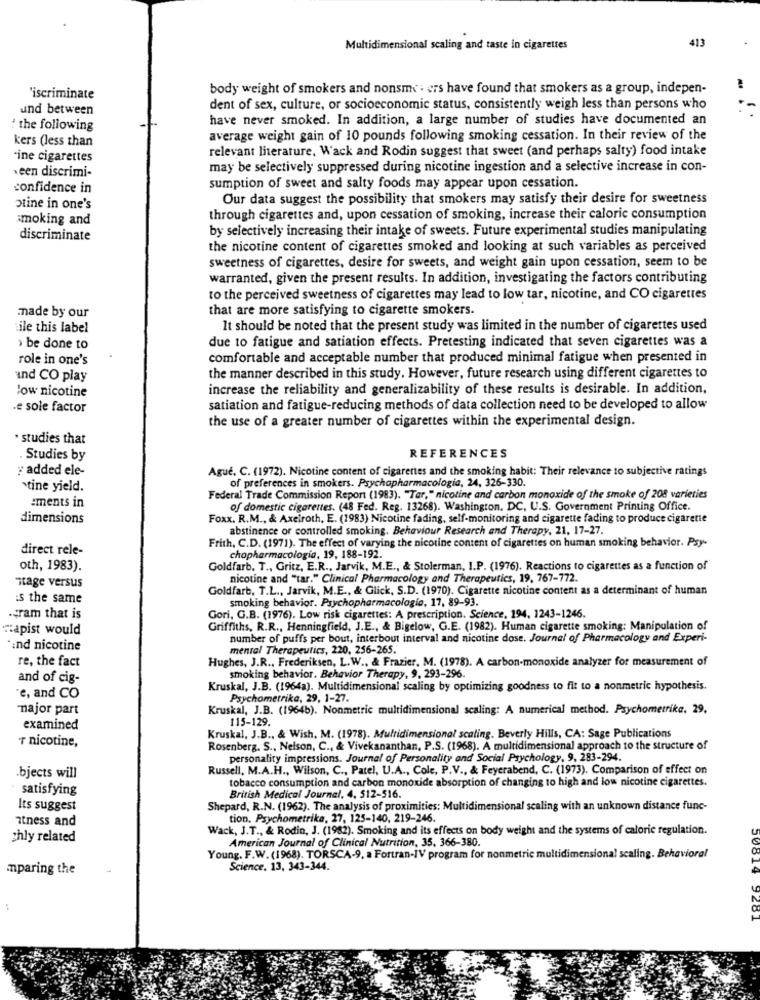
413
Multidimensional scaling and taste in cigarettes
body weight of smokers and nonsms : ers have found that smokers as a group, indepen-
'iscriminate
und between
dent of sex, culture, or socioeconomic status, consistently weigh less than persons who
...
have never smoked. In addition, a large number of studies have documented an
the following
kers (less than
average weight gain of 10 pounds following smoking cessation. In their review of the
relevant literature, Wack and Rodin suggest that sweet (and perhaps salty) food intake
ine cigarettes
een discrimi-
may be selectively suppressed during nicotine ingestion and a selective increase in con-
confidence in
sumption of sweet and salty foods may appear upon cessation.
Our data suggest the possibility that smokers may satisfy their desire for sweetness
Otine in one's
smoking and
through cigarettes and, upon cessation of smoking, increase their caloric consumption
by selectively increasing their intake of sweets. Future experimental studies manipulating
discriminate
the nicotine content of cigarettes smoked and looking at such variables as perceived
sweetness of cigarettes, desire for sweets, and weight gain upon cessation, seem to be
warranted, given the present results. In addition, investigating the factors contributing
to the perceived sweetness of cigarettes may lead to low tar, nicotine, and CO cigarettes
that are more satisfying to cigarette smokers.
made by our
ile this label
It should be noted that the present study was limited in the number of cigarettes used
due to fatigue and satiation effects. Pretesting indicated that seven cigarettes was a
› be done to
role in one's
comfortable and acceptable number that produced minimal fatigue when presented in
and CO play
the manner described in this study. However, future research using different cigarettes to
low nicotine
increase the reliability and generalizability of these results is desirable. In addition,
.e sole factor
satiation and fatigue-reducing methods of data collection need to be developed to allow
the use of a greater number of cigarettes within the experimental design.
studies that
Studies by
REFERENCES
: added ele-
Ague. C. (1972). Nicotine content of cigarettes and the smoking habit: Their relevance to subjective ratings
of preferences in smokers. Psychopharmacologia, 24, 326-330.
stine yield.
Federal Trade Commission Report (1983). "Tar," nicotine and carbon monoxide of the smoke of 208 varieties
ements in
of domestic cigarettes. (48 Fed. Reg. 13268). Washington, DC, U.S. Government Printing Office.
dimensions
Foxx. R.M ., & Axelroth, E. (1983) Nicotine fading, self-monitoring and cigarette fading to produce cigarette
abstinence or controlled smoking. Behaviour Research and Therapy, 21, 17-27.
Frith, C.D. (1971). The effect of varying the nicotine content of cigarettes on human smoking behavior. Psy-
direct rele-
chopharmacologie, 19, 188-192.
oth, 1983).
Goldfarb. T ., Gritz, E.R ., Jarvik, M.E ., & Stolerman, I.P. (1976). Reactions to cigarettes as a function of
nicotine and "tar." Clinical Pharmacology and Therapeutics, 19, 767-772.
stage versus
Goldfarb, T.L ., Jarvik, M.E ., & Glick, S.D. (1970). Cigarette nicotine content as a determinant of human
:s the same
smoking behavior. Psychopharmacologie, 17, 89-93.
.Fram that is
Gori, G.B. (1976). Low risk cigarettes: A prescription. Science, 194, 1243-1246.
capist would
Griffiths, R.R ., Henningfield, J.E ., & Bigelow, G.E. (1982). Human cigarette smoking: Manipulation of
number of puffs per bout, interbout interval and nicotine dose. Journal of Pharmacology and Experi-
*and nicotine
mental Therapeutics, 220, 256-265.
re, the fact
Hughes, J.R ., Frederiksen, L.W ., & Frazier, M. (1978). A carbon-monoxide analyzer for measurement of
and of cig-
smoking behavior. Behavior Therapy, 9, 293-296.
Kruskal, J.B. (1964a). Multidimensional scaling by optimizing goodness to fit to a nonmetric hypothesis.
"e, and CO
Psychometrika, 29, 1-27.
najor part
Kruskal, J.B. (19646). Nonmetric multidimensional scaling: A numerical method. Psychometrika, 29,
examined
115-129.
T nicotine,
Kruskal, J.B ., & Wish, M. (1978). Multidimensional scaling. Beverly Hills, CA: Sage Publications
Rosenberg. S ., Nelson, C ., & Vivekananthan, P.S. (1968). A multidimensional approach to the structure of
personality impressions. Journal of Personality and Social Psychology, 9, 283-294.
Russell, M.A.H ., Wilson, C ., Patel, U.A ., Cole, P.V ., & Feyerabend, C. (1973). Comparison of effect on
.bjects will
tobacco consumption and carbon monoxide absorption of changing to high and low nicotine cigarettes.
satisfying
British Medical Journal, 4, 512-516.
Its suggest
Shepard, R.N. (1962). The analysis of proximities: Multidimensional scaling with an unknown distance func-
itness and
tion. Psychometrika, 27, 125-140, 219-246.
Wack, J.T ., & Rodin, J. (1982). Smoking and its effects on body weight and the systems of caloric regulation.
chly related
American Journal of Clinical Nutrition, 35, 366-380.
Young. F.W. (1968). TORSCA-9, a Fortran-IV program for nonmetrie multidimensional scaling. Behavioral
mparing the
Science, 13, 343-344.
: